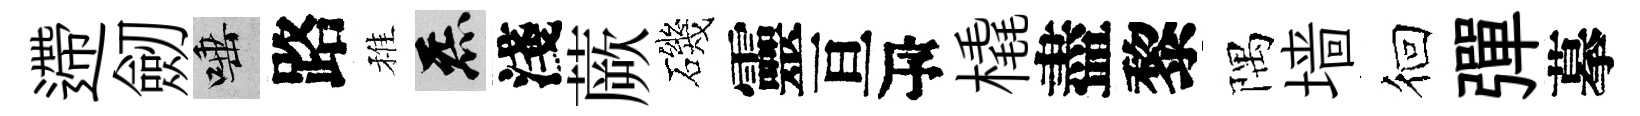
遰劒唾路稚炁淺蕨磯靈亘瓴橇盡黎隅墙徊彈摹